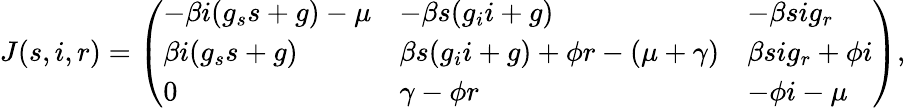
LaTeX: \begin{array}{r}{J(s,i,r)=\left(\begin{array}{lll}{-\beta i(g_{s}s+g)-\mu}&{-\beta s(g_{i}i+g)}&{-\beta sig_{r}}\\ {\beta i(g_{s}s+g)}&{\beta s(g_{i}i+g)+\phi r-(\mu+\gamma)}&{\beta sig_{r}+\phi i}\\ {0}&{\gamma-\phi r}&{-\phi i-\mu}\end{array}\right),}\end{array}